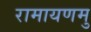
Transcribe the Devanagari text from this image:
रामायणमु